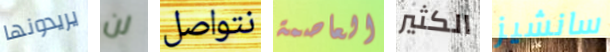
يريدونها لن نتواصل العاصمة الكثير سانشيز